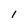
Character: I